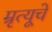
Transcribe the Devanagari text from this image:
म्रृत्यूचे